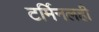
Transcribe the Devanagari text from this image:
टर्मिनलही